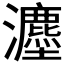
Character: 𪸇